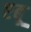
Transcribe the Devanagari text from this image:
एबू